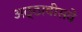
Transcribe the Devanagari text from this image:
अठ्ठावीसवे